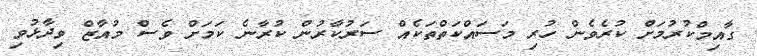
ގާއިމްކުރުމަށް ކުރެވެން ހުރި މަސައްކަތްތަކެއް ސަރުކާރުން ކުރާނެ ކަމަށް ވެސް މުއާޒް ވިދާޅުވި